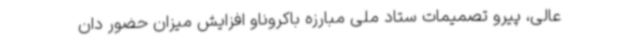
عالی، پیرو تصمیمات ستاد ملی مبارزه باکروناو افزایش میزان حضور دان